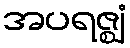
အပရဇ္ဈံ